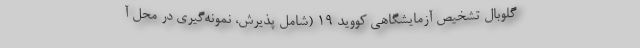
گلوبال تشخیص آزمایشگاهی کووید ۱۹ (شامل پذیرش، نمونه‌گیری در محل آ